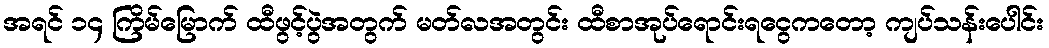
အရင် ၁၄ ကြိမ်မြောက် ထီဖွင့်ပွဲအတွက် မတ်လအတွင်း ထီစာအုပ်ရောင်းရငွေကတော့ ကျပ်သန်းပေါင်း